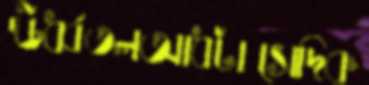
ঊর্ধ্বতলআধটাসেদিক